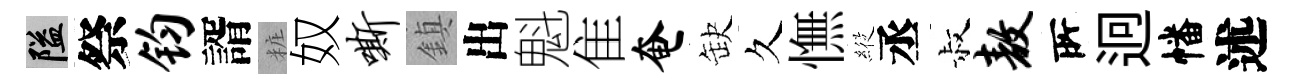
隘祭钧諝粧奴嘶鎮出魁隹奄缺久憮𦂵丞叔敖𠩄迥幡述